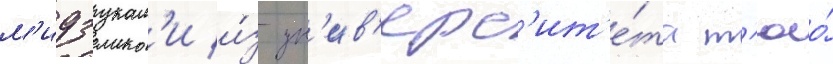
м'идзукам'и и́з ун'ив'ерс'ит'е́та т'юо́